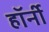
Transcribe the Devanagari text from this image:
हॉर्नी